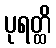
ပုရတ္ထိ